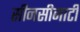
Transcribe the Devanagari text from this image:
सीनसीनाटी